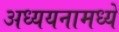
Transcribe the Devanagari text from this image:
अध्ययनामध्ये